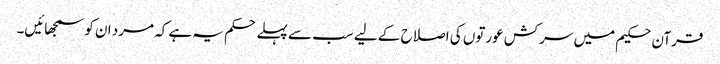
قرآن حکیم میں سرکش عورتوں کی اصلاح کے لیے سب سے پہلے حکم یہ ہے کہ مرد ان کو سمجھائیں۔